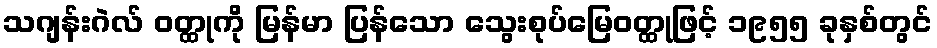
သဂျန်းဂဲလ် ဝတ္ထုကို မြန်မာ ပြန်သော သွေးစုပ်မြေဝတ္ထုဖြင့် ၁၉၅၅ ခုနှစ်တွင်